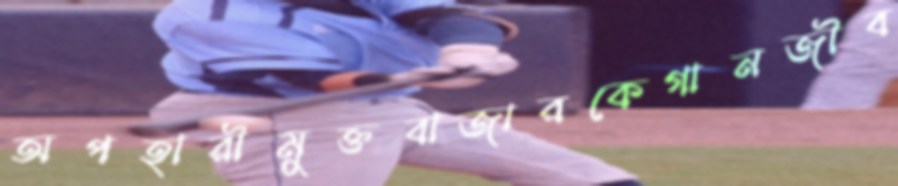
অপহারীমুক্তবাজারকেগানজীব